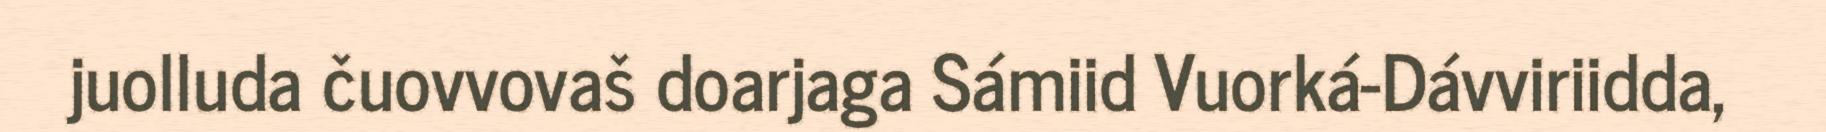
juolluda čuovvovaš doarjaga Sámiid Vuorká-Dávviriidda,